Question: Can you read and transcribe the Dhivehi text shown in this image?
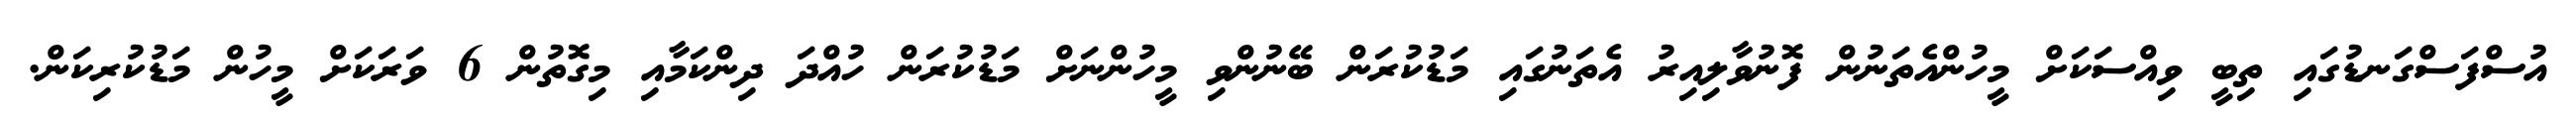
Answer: އުސްފަސްގަނޑުގައި ތިބީ ވިއްސަކަށް މީހުންއެތަނުން ފޮނުވާލިއިރު އެތަނުގައި މަޑުކުރަން ބޭނުންވި މީހުންނަށް މަޑުކުރަން ހުއްދަ ދިންކަމާއި މިގޮތުން 6 ވަރަކަށް މީހުން މަޑުކުރިކަން.